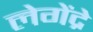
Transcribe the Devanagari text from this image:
लेगेंद्रे